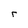
Character: r